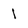
Character: 1